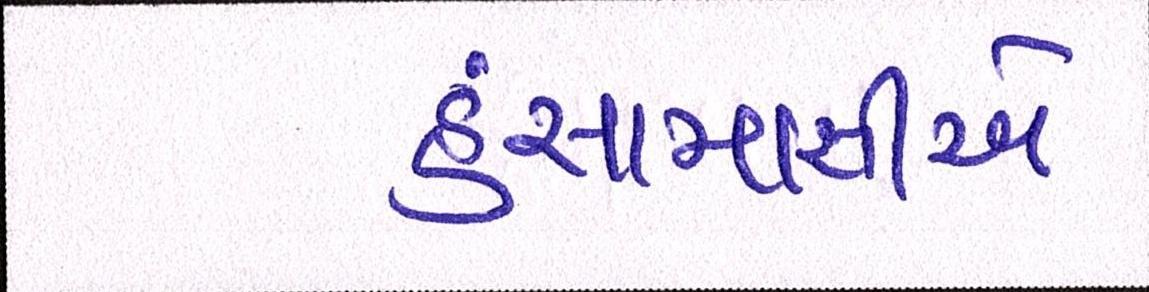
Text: હંસામાસીએ